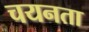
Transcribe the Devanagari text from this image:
चयनता